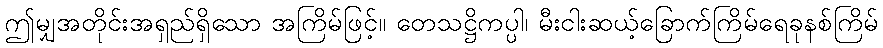
ဤမျှအတိုင်းအရှည်ရှိသော အကြိမ်ဖြင့်။ တေသဋ္ဌိကပ္ပါ၊ မီးငါးဆယ့်ခြောက်ကြိမ်ရေခုနစ်ကြိမ်